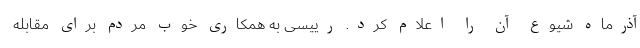
آذرماه شیوع آن را اعلام کرد. رییسی به همکاری خوب مردم برای مقابله